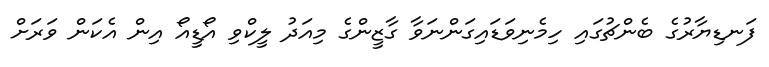
ފަނޑިޔާރުގެ ބެންޗުގައި ހިމެނިވަޑައިގަންނަވާ ގާޒީންގެ މިއަދު ލީކްވި އޯޑީއޯ އިން އެކަން ވަރަށް